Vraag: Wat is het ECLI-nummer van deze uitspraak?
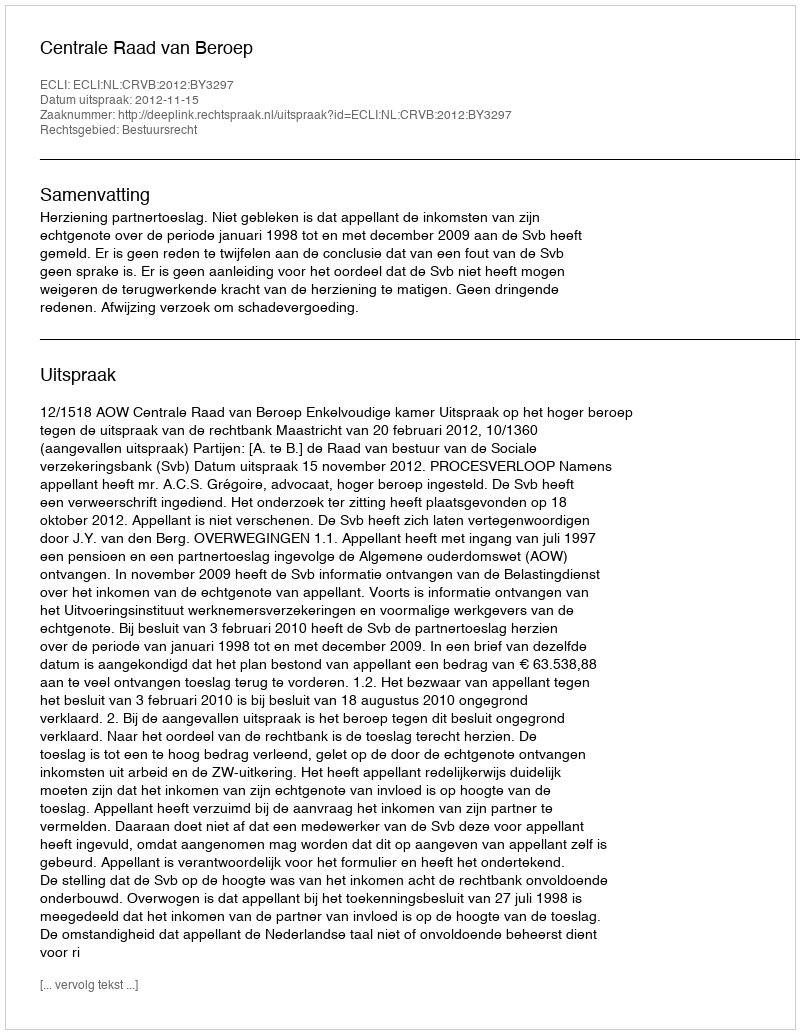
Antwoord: ECLI:NL:CRVB:2012:BY3297